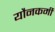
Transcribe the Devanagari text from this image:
यौनकर्मी